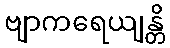
ဗျာကရေယျန္တိ